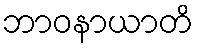
ဘာဝနာယာတိ